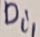
Text: Di1